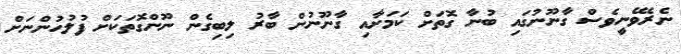
ނެރެވޭނީވެސް ގާނޫނުގައި ބުނާ ގޮތަށް ކަމަށާއި ގާނޫނުން ބާރު ލިބިގެން ނޫންގޮތަކަށް ފުލުހުންނަށް